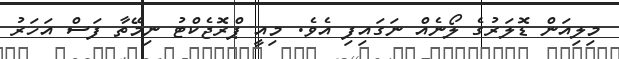
މިލިއަން ޑޮލަރުގެ ލޯނެއް ނަގައިފި އެވެ. މިއީ ޕްރޮޖެކްޓު ނިމޭތާ ފަސް އަހަރު